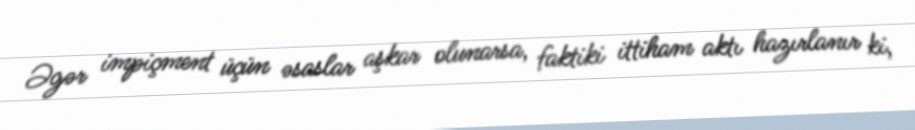
Əgər impiçment üçün əsaslar aşkar olunarsa, faktiki ittiham aktı hazırlanır ki,